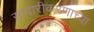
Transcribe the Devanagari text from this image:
सादारीकरणाच्या